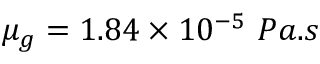
\mu _ { g } = 1 . 8 4 \times 1 0 ^ { - 5 } ~ P a . s